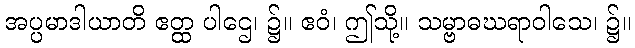
အပ္ပမာဒါယာတိ ဧတ္ထ ပါဌေ၊ ၌။ ဧဝံ၊ ဤသို့။ သမ္ဗာဓဃရာဝါသေ၊ ၌။